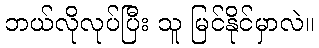
ဘယ်လိုလုပ်ပြီး သူ မြင်နိုင်မှာလဲ။